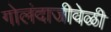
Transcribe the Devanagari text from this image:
गोलंदाजीवेळी